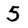
Character: 5